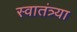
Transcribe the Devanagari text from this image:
स्वातंत्र्या